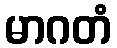
မာဂတံ